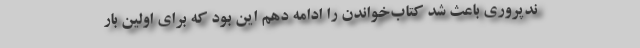
ندپروری باعث شد کتاب‌خواندن را ادامه دهم این بود که برای اولین بار